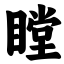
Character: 瞠